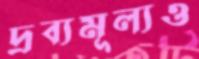
দ্রব্যমূল্যও